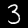
Label: 3